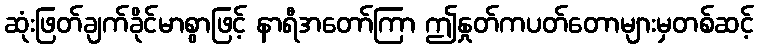
ဆုံးဖြတ်ချက်ခိုင်မာစွာဖြင့် နာရီအတော်ကြာ ဤနှုတ်ကပတ်တောများမှတစ်ဆင့်